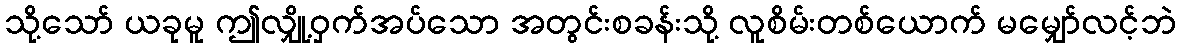
သို့သော် ယခုမူ ဤလျှို့ဝှက်အပ်သော အတွင်းစခန်းသို့ လူစိမ်းတစ်ယောက် မမျှော်လင့်ဘဲ